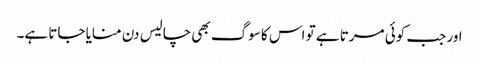
اور جب کوئی مرتا ہے تو اس کا سوگ بھی چالیس دن منایا جاتا ہے۔